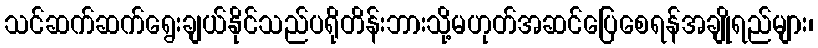
သင်ဆက်ဆက်ရွေးချယ်နိုင်သည်ပရိုတိန်းဘားသို့မဟုတ်အဆင်ပြေစေရန်အချိုရည်များ၊